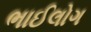
ભાઈલોગ